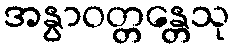
အနွာဝတ္တန္တေသု